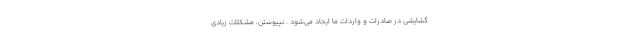
گشایشی در صادرات و واردات ما ایجاد می‌شود . نپیوستن، مشکلات زیادی